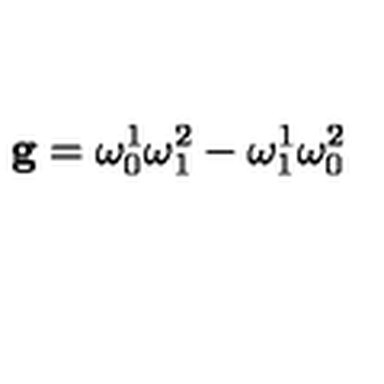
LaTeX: { \bf g } = \omega _ { 0 } ^ { 1 } \omega _ { 1 } ^ { 2 } - \omega _ { 1 } ^ { 1 } \omega _ { 0 } ^ { 2 }